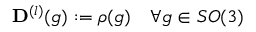
\mathbf { D } ^ { ( l ) } ( g ) : = \rho ( g ) \quad \forall g \in S O ( 3 )